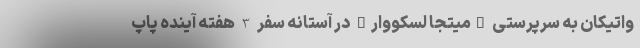
واتیکان به سرپرستی "میتجا لسکووار" در آستانه سفر 3 هفته آینده پاپ